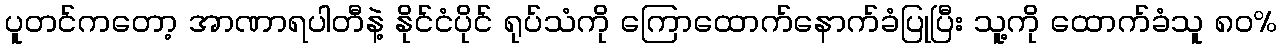
ပူတင်ကတော့ အာဏာရပါတီနဲ့ နိုင်ငံပိုင် ရုပ်သံကို ကြောထောက်နောက်ခံပြုပြီး သူ့ကို ထောက်ခံသူ ၈၀%